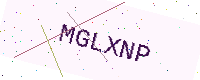
Text: MGLXNP